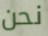
نحن